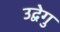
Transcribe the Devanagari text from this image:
उद्वेगु